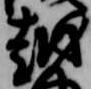
越